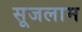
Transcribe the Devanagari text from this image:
सूजलाम